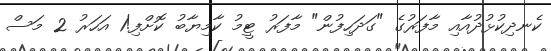
ކެނދިކުޅުދުއާއި މާފަރުގެ "ގަދަހިފުން" މާފަރު ޓީމު ކާމިޔާބު ކޮށްފި!1 އަހަރު 2 މަސް